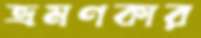
ভ্রমণকার